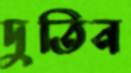
দুতিন